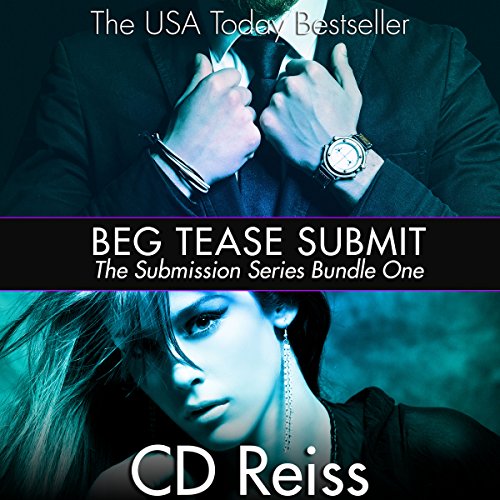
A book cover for Beg Tease Submit - Sequence One: Songs of Submission, Book 1; CD Reiss; Romance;